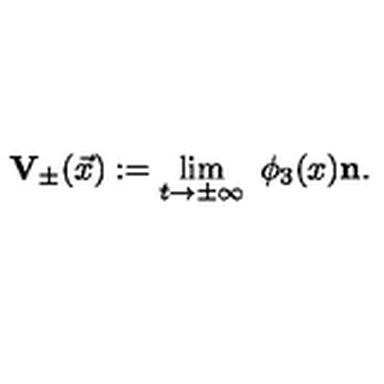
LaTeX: { \mathbf { V } } _ { \pm } ( \vec { x } ) : = \lim _ { t \to \pm \infty } \ \phi _ { 3 } ( x ) { \mathbf { n } } .